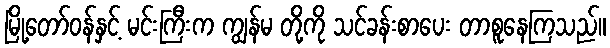
မြို့တော်ဝန်နှင့် မင်းကြီးက ကျွန်မ တို့ကို သင်ခန်းစာပေး တာစူနေကြသည်။